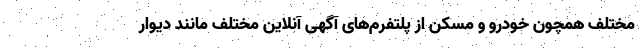
مختلف همچون خودرو و مسکن از پلتفرم‌های آگهی آنلاین مختلف مانند دیوار